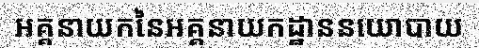
អគ្គនាយកនៃអគ្គនាយកដ្ឋាននយោបាយ